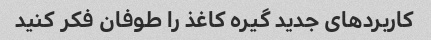
کاربردهای جدید گیره کاغذ را طوفان فکر کنید